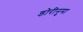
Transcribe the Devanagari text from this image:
डोरीनुमा